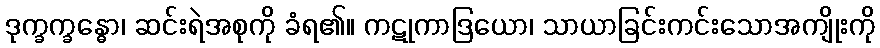
ဒုက္ခက္ခန္ဓော၊ ဆင်းရဲအစုကို ခံရ၏။ ကဋုကာဒြယော၊ သာယာခြင်းကင်းသောအကျိုးကို